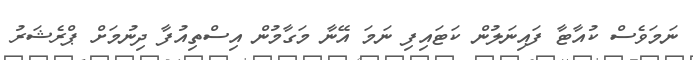
ނަމަވެސް ކުއާޓާ ފައިނަލުން ކަޓައިފި ނަމަ އޭނާ މަގާމުން އިސްތިއުފާ ދިނުމަށް ޕްރެޝަރު